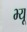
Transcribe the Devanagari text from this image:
भ्यू